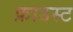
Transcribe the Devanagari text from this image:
फ्राउस्ट